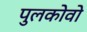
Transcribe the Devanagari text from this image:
पुलकोवो